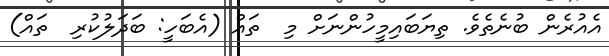
އެއުރެން ބުނެތެވެ. ތިޔަބައިމީހުންނަށް މި  ތައް (އެބަހީ: ބަދަލުކުރި  ތައް)